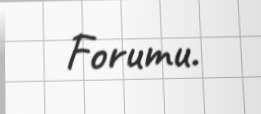
Forumu.